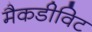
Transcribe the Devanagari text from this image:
मैकडीविट